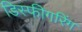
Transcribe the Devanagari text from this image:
डिस्फीगरिंग